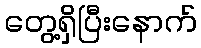
တွေ့ရှိပြီးနောက်